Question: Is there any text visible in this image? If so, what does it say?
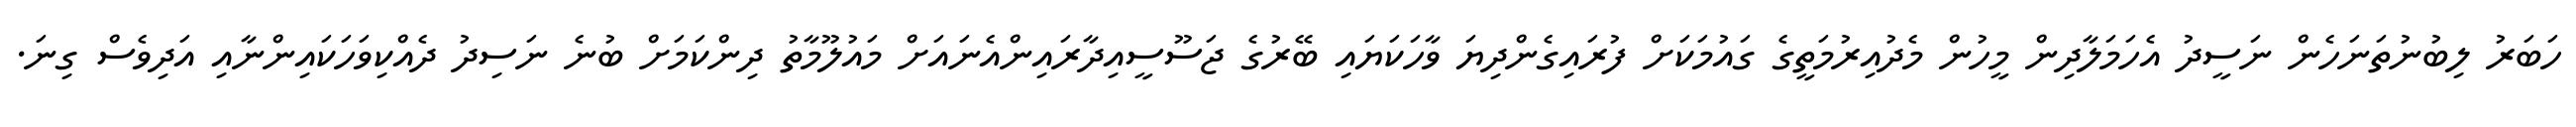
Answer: ހަބަރު ލިބުނުތަނަހެން ނަސީދު އެހަމަލާދިން މީހުން މެދުއިރުމަތީގެ ގައުމަކަށް ފުރައިގެންދިޔަ ވާހަކަޔައި ބޭރުގެ ޖަސޫސީއިދާރައިންއެނައަށް މައުލޫމާތު ދިންކަމަށް ބުނެ ނަސިދު ދެއްކިވަހަކައިންނާއި އަދިވެސް ގިނަ.